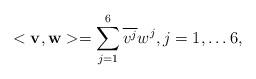
LaTeX: \begin{align*}<{\bf v}, {\bf w}> = \sum\limits_{j=1}^6 \overline{v^j} w^j, j=1,\ldots 6,\end{align*}